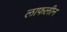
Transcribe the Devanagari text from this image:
लाफलीन